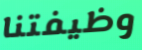
وظيفتنا